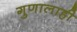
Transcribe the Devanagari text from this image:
गुणालाही